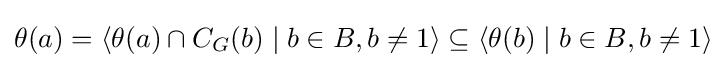
\theta (a)=\langle \theta (a)\cap C_{G}(b)\mid b\in B,b\neq 1\rangle \subseteq \langle \theta (b)\mid b\in B,b\neq 1\rangle